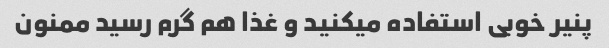
پنیر خوبی استفاده میکنید و غذا هم گرم رسید ممنون